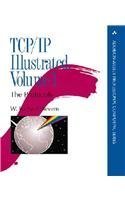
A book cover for TCP/IP Illustrated, Vol. 1: The Protocols (Addison-Wesley Professional Computing Series); W. Richard Stevens; Computers & Technology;